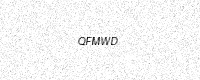
Text: QFMWD